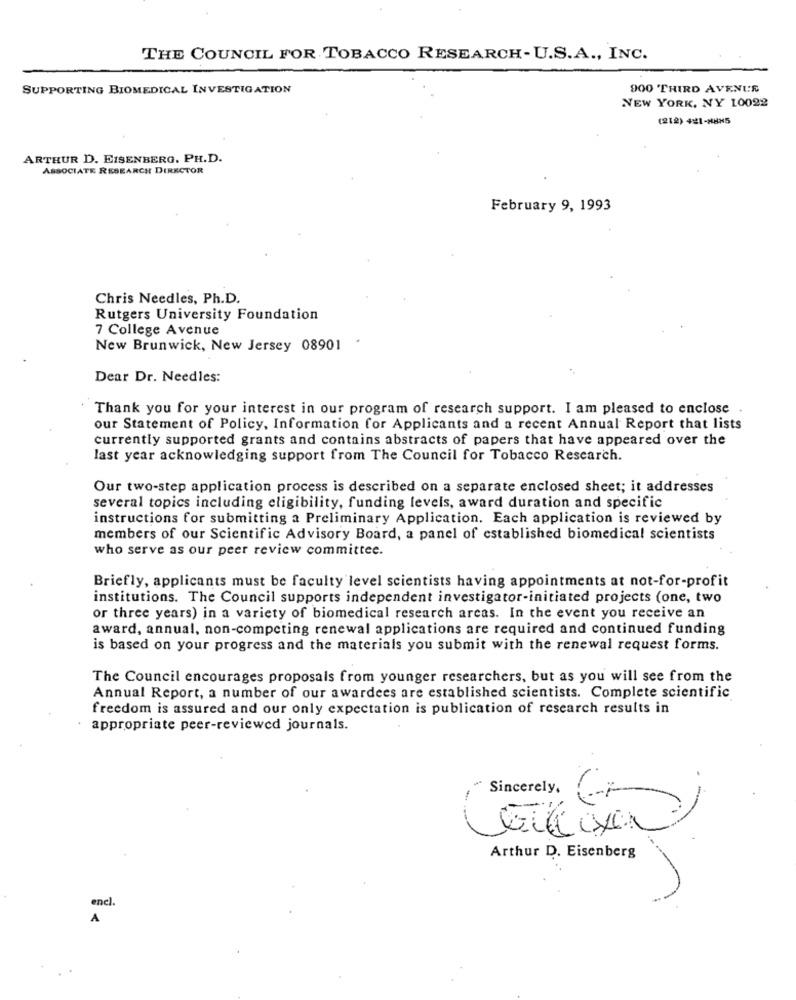
THE COUNCIL FOR TOBACCO RESEARCH- U.S.A ., INC.
SUPPORTING BIOMEDICAL INVESTIGATION
900 THIRD AVENUE
NEW YORK, NY 10022
(212) 421-8885
ARTHUR D. EISENBERG. PH.D.
ASSOCIATE RESEARCH DIRECTOR
February 9, 1993
Chris Needles, Ph.D.
Rutgers University Foundation
7 College Avenue
New Brunwick, New Jersey 08901
Dear Dr. Needles:
Thank you for your interest in our program of research support. I am pleased to enclose .
our Statement of Policy, Information for Applicants and a recent Annual Report that lists
currently supported grants and contains abstracts of papers that have appeared over the
last year acknowledging support from The Council for Tobacco Research.
Our two-step application process is described on a separate enclosed sheet; it addresses
several topics including eligibility, funding levels, award duration and specific
instructions for submitting a Preliminary Application. Each application is reviewed by
members of our Scientific Advisory Board, a panel of established biomedical scientists
who serve as our peer review committee.
Briefly, applicants must be faculty level scientists having appointments at not-for-profit
institutions. The Council supports independent investigator-initiated projects (one, two
or three years) in a variety of biomedical research areas. In the event you receive an
award, annual, non-competing renewal applications are required and continued funding
is based on your progress and the materials you submit with the renewal request forms.
The Council encourages proposals from younger researchers, but as you will see from the
Annual Report, a number of our awardees are established scientists. Complete scientific
freedom is assured and our only expectation is publication of research results in
appropriate peer-reviewed journals.
" Sincerely.
Arthur D. Eisenberg
Incl.
A